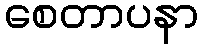
စေတာပနာ